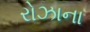
રોઝાના